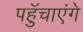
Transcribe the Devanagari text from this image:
पहुॅचाएंगे